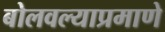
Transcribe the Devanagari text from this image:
बोलवल्याप्रमाणे